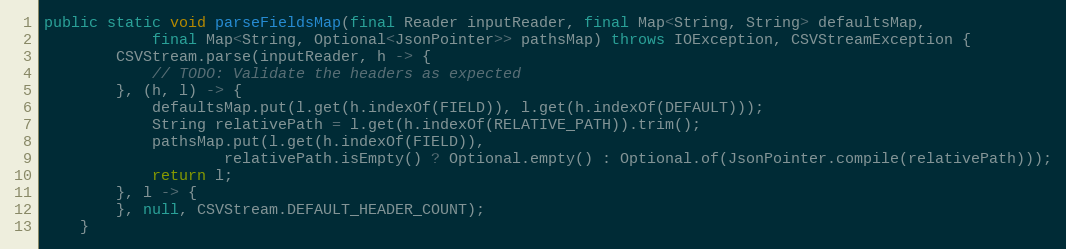
Language: Java
public static void parseFieldsMap(final Reader inputReader, final Map<String, String> defaultsMap,
			final Map<String, Optional<JsonPointer>> pathsMap) throws IOException, CSVStreamException {
		CSVStream.parse(inputReader, h -> {
			// TODO: Validate the headers as expected
		}, (h, l) -> {
			defaultsMap.put(l.get(h.indexOf(FIELD)), l.get(h.indexOf(DEFAULT)));
			String relativePath = l.get(h.indexOf(RELATIVE_PATH)).trim();
			pathsMap.put(l.get(h.indexOf(FIELD)),
					relativePath.isEmpty() ? Optional.empty() : Optional.of(JsonPointer.compile(relativePath)));
			return l;
		}, l -> {
		}, null, CSVStream.DEFAULT_HEADER_COUNT);
	}